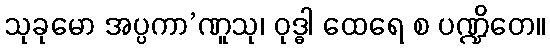
သုခုမော အပ္ပကာ’ဏူသု၊ ဝုဒ္ဓါ ထေရေ စ ပဏ္ဍိတေ။